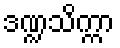
ဒဏ္ဍသိက္ကာ